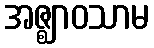
အဇ္ဈာဝသာမ